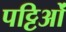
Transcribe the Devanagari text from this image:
पट्टिओं